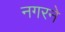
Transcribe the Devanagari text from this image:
नगरने